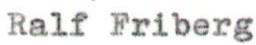
Ralf Friberg